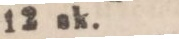
12 sk.